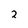
Character: 2